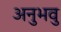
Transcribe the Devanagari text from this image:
अनुभवु